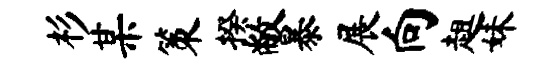
杉某策揆敝暴展向趄妹